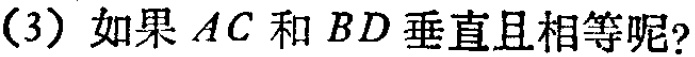
(3) 如果 \(AC\) 和 \(BD\) 垂直且相等呢?